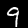
Digit: 9